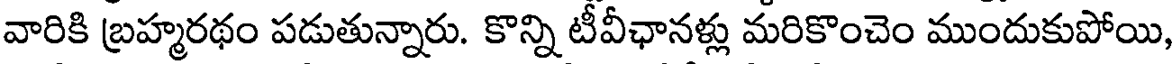
వారికి బ్రహ్మరథం పడుతున్నారు. కొన్ని టీవీఛానళ్లు మరికొంచెం ముందుకుపోయి,